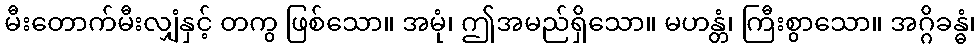
မီးတောက်မီးလျှံနှင့် တကွ ဖြစ်သော။ အမုံ၊ ဤအမည်ရှိသော။ မဟန္တံ၊ ကြီးစွာသော။ အဂ္ဂိခန္ဓံ၊